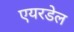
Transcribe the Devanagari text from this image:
एयरडेल